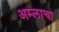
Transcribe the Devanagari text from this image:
अम्‍लाचा